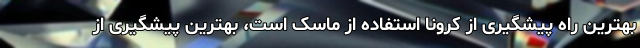
بهترین راه پیشگیری از کرونا استفاده از ماسک است، بهترین پیشگیری از